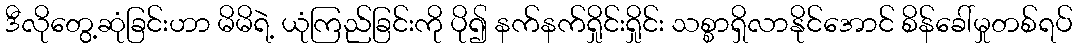
ဒီလိုတွေ့ဆုံခြင်းဟာ မိမိရဲ့ ယုံကြည်ခြင်းကို ပို၍ နက်နက်ရှိုင်းရှိုင်း သစ္စာရှိလာနိုင်အောင် စိန်ခေါ်မှုတစ်ရပ်